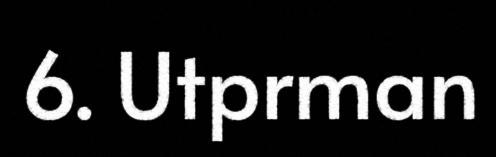
6. Utprman